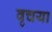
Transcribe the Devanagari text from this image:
वृचया